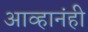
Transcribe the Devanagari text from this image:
आव्हानंही